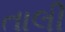
તાલી